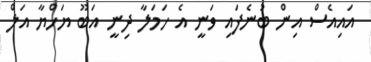
އައިއެސް އިން ބުނެފައި ވަނީ އެ ހަމަލާ ދިނީ އަބޫ ޔަހްޔާ އަލް